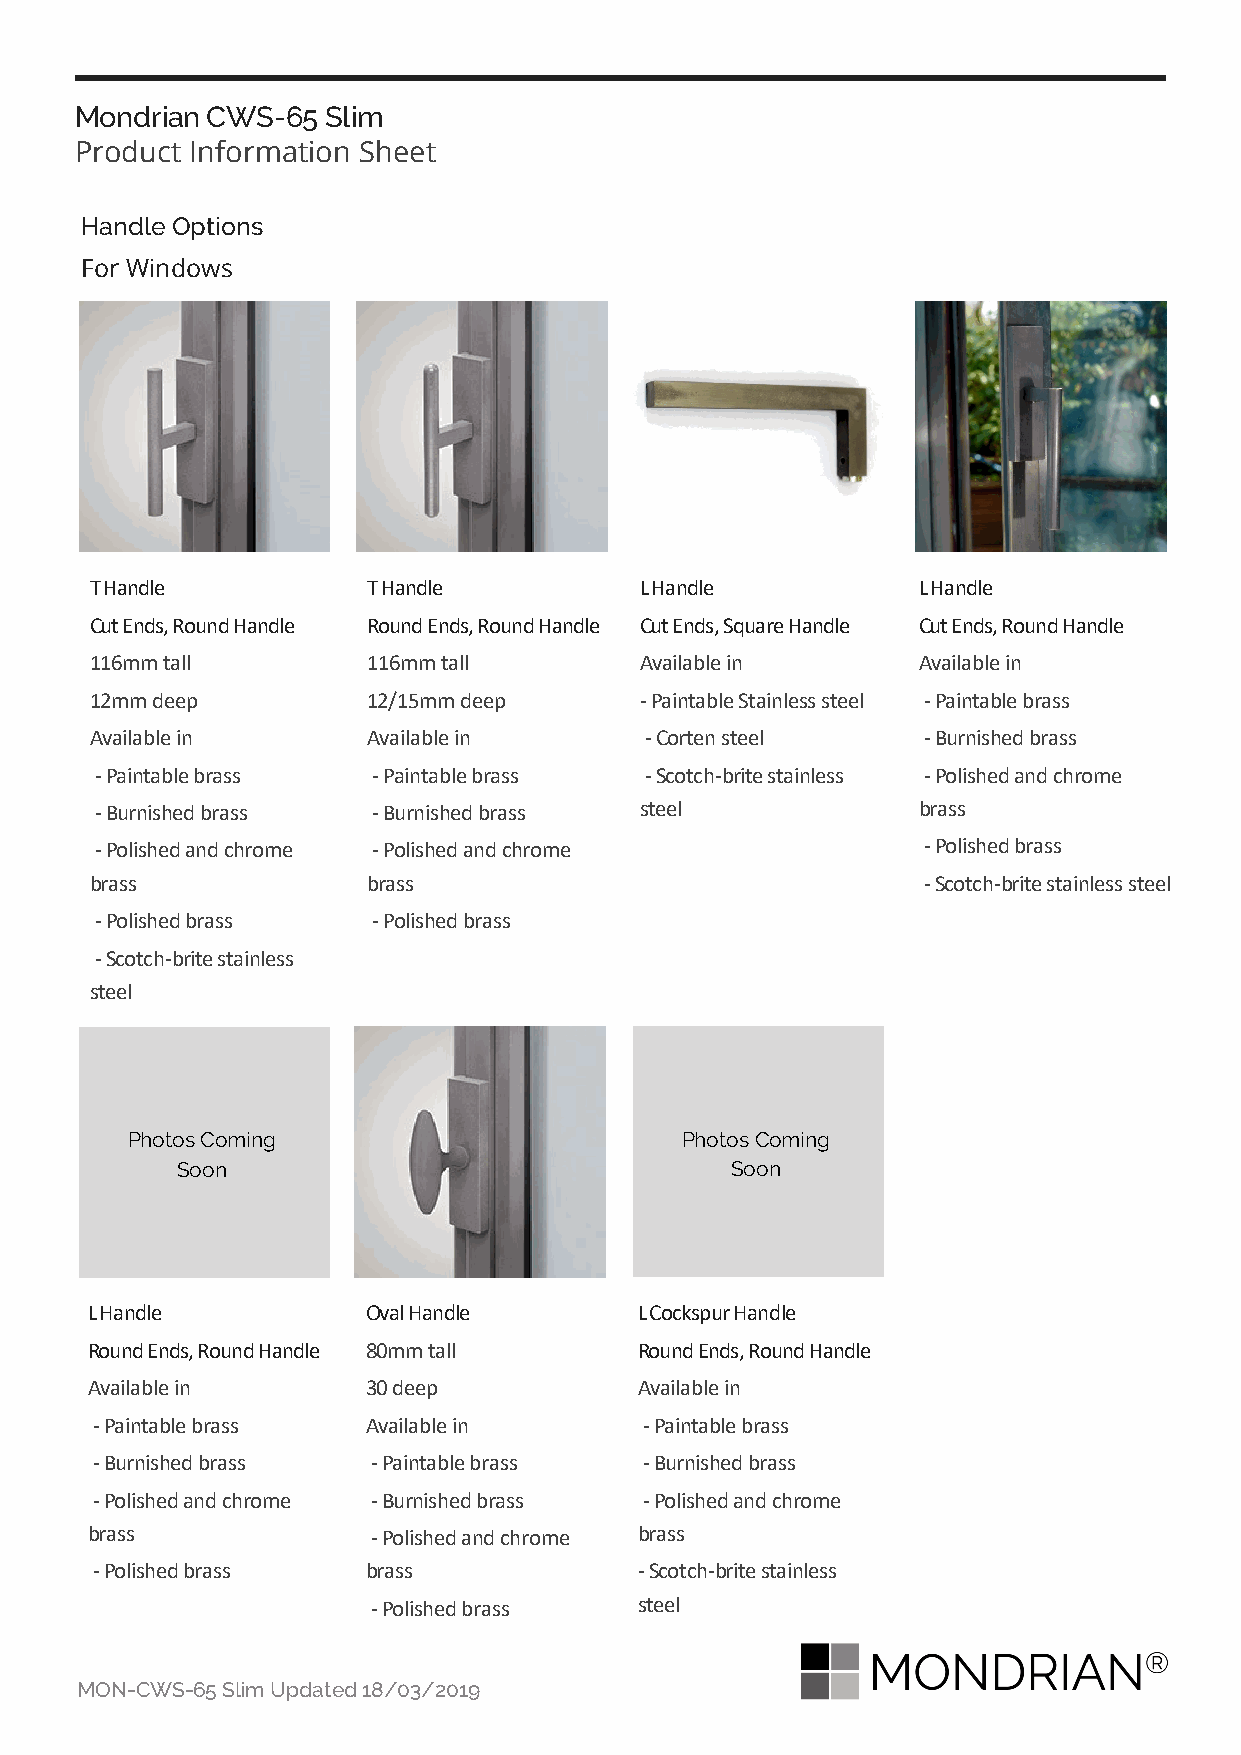
Mondrian CWS-65  Slim
 Product Information Sheet
 Handle Options
 For Windows
 T Handle          T Handle          L Handle           L Handle
 Cut Ends, Round Handle Round Ends, Round Handle Cut Ends, Square Handle Cut Ends, Round Handle
 116mm tall        116mm tall        Available in       Available in
 12mm deep         12/15mm deep      - Paintable Stainless steel - Paintable brass
 Available in      Available in       - Corten steel    - Burnished brass
 - Paintable brass  - Paintable brass - Scotch-brite stainless - Polished and chrome
 - Burnished brass  - Burnished brass steel             brass
 - Polished and chrome - Polished and chrome            - Polished brass
 brass             brass                                - Scotch-brite stainless steel
 - Polished brass   - Polished brass
 - Scotch-brite stainless
 steel
 Photos Coming                        Photos Coming
 Soon                                Soon
 L Handle          Oval Handle       L Cockspur Handle
 Round Ends, Round Handle 80mm tall  Round Ends, Round Handle
 Available in      30 deep           Available in
 - Paintable brass Available in       - Paintable brass
 - Burnished brass  - Paintable brass - Burnished brass
 - Polished and chrome - Burnished brass - Polished and chrome
 brass              - Polished and chrome brass
 - Polished brass  brass             - Scotch-brite stainless
 - Polished brass steel
 MON-CWS-65 Slim Updated 18/03/2019